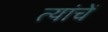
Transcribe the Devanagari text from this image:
त्यांचेेें